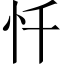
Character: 忏